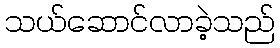
သယ်ဆောင်လာခဲ့သည်